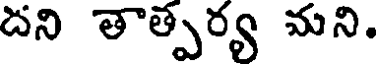
దని తాత్పర్య మని.